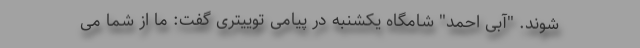
شوند. "آبی احمد" شامگاه یکشنبه در پیامی توییتری گفت: ما از شما می